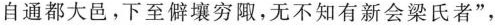
自通都大邑。下至僻壤穷陬，无不知有新会梁氏者”，